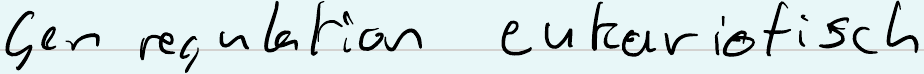
Gen regulation eukariotisch